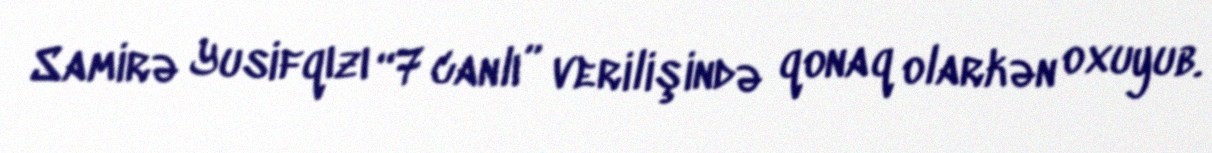
Samirə Yusifqızı “7 canlı” verilişində qonaq olarkən oxuyub.